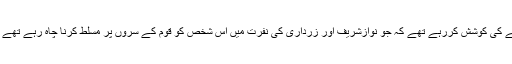
یہی بات تھی ہم ان لوگوں کو سمجھانے کی کوشش کررہے تھے کہ جو نوازشریف اور زرداری کی نفرت میں اس شخص کو قوم کے سروں پر مسلط کرنا چاہ رہے تھے لیکن کوئی سمجھنے کو تیار نہیں تھا۔